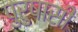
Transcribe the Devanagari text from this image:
पुरुषासी